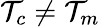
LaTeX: \mathcal{T}_{c}\ne\mathcal{T}_{m}